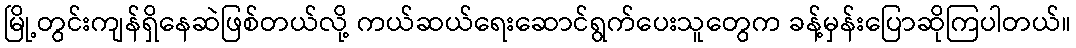
မြို့တွင်းကျန်ရှိနေဆဲဖြစ်တယ်လို့ ကယ်ဆယ်ရေးဆောင်ရွက်ပေးသူတွေက ခန့်မှန်းပြောဆိုကြပါတယ်။